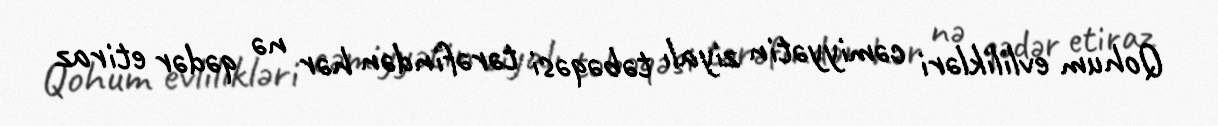
Qohum evlilikləri cəmiyyətin ziyalı təbəqəsi tərəfindən hər nə qədər etiraz